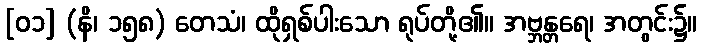
[၀၁] (နိ၊ ၁၅၈) တေသံ၊ ထိုရှစ်ပါးသော ရုပ်တို့၏။ အဗ္ဘန္တရေ၊ အတွင်း၌။